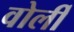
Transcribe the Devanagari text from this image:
वोर्ली